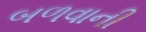
બળવાની